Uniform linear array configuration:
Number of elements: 48
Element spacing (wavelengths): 0.25
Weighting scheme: hamming
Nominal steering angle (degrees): -45
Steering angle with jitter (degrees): -43.789
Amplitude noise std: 0.05
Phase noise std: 0.05

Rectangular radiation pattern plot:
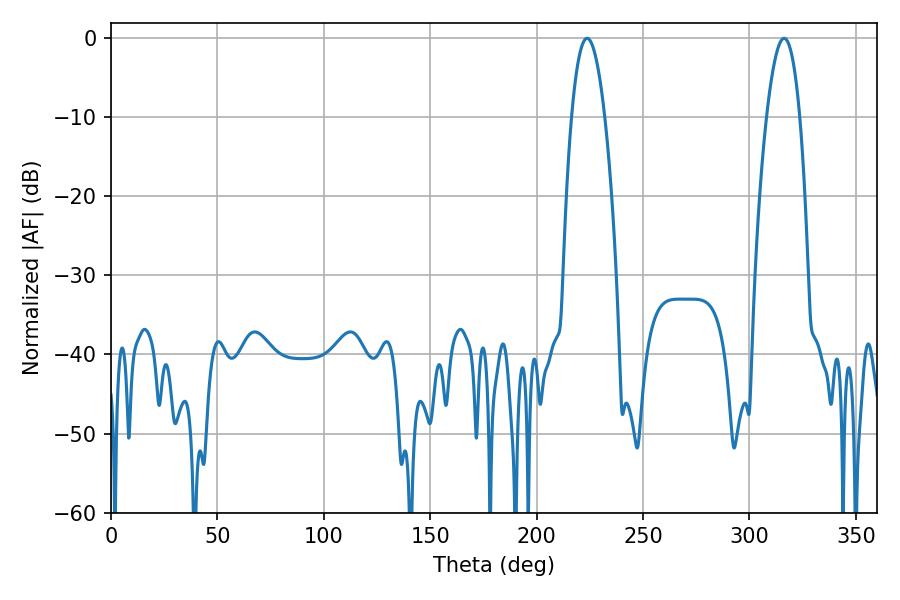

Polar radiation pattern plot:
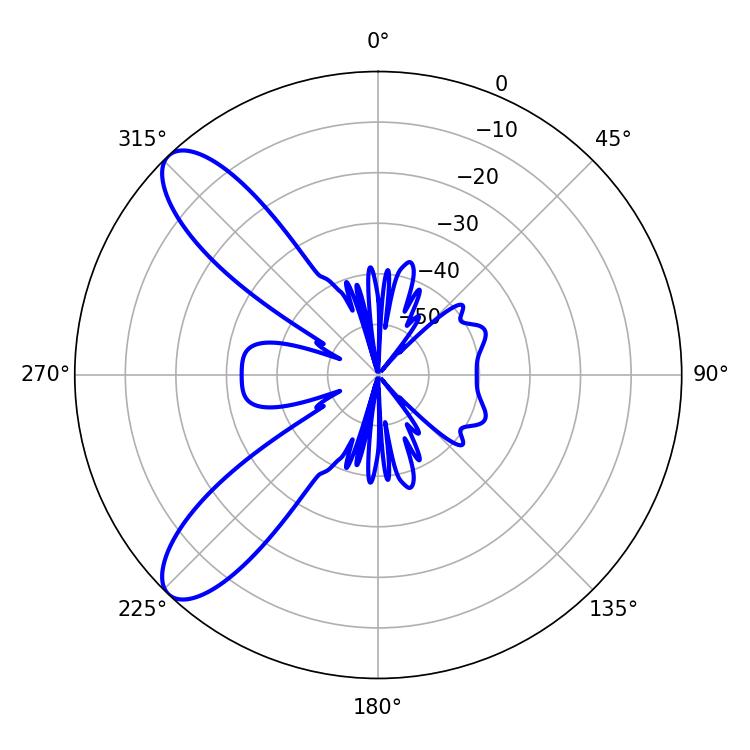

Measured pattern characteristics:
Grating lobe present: FALSE
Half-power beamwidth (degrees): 8.64
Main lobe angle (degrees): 223.74